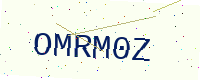
Text: OMRM0Z